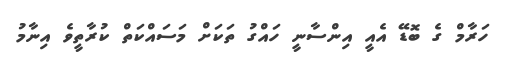
ހަރާމް ގެ ބޮޑޭ އެއީ އިންސާނީ ހައްގު ތަަކަަށް މަސައްކަތް ކުރާތީވެ އިނާމު